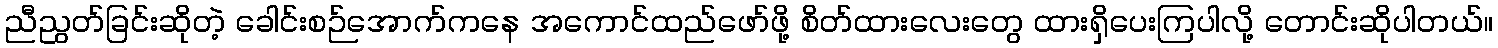
ညီညွတ်ခြင်းဆိုတဲ့ ခေါင်းစဉ်အောက်ကနေ အကောင်ထည်ဖော်ဖို့ စိတ်ထားလေးတွေ ထားရှိပေးကြပါလို့ တောင်းဆိုပါတယ်။